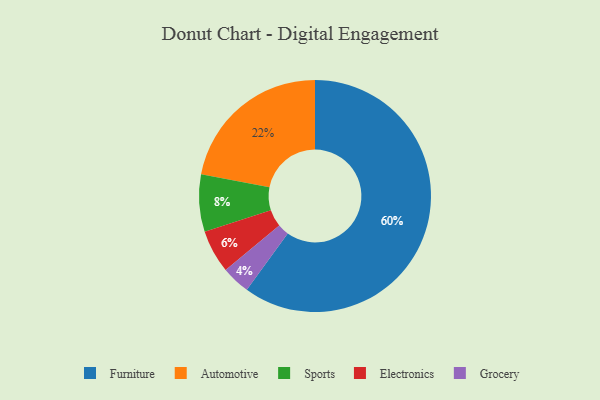
{"axis": {"x": "Category", "y": "Percentage"}, "legend": ["Automotive", "Electronics", "Furniture", "Grocery", "Sports"], "data": [{"x": "Grocery", "y": 4, "type": "Grocery"}, {"x": "Automotive", "y": 22, "type": "Automotive"}, {"x": "Electronics", "y": 6, "type": "Electronics"}, {"x": "Sports", "y": 8, "type": "Sports"}, {"x": "Furniture", "y": 60, "type": "Furniture"}]}